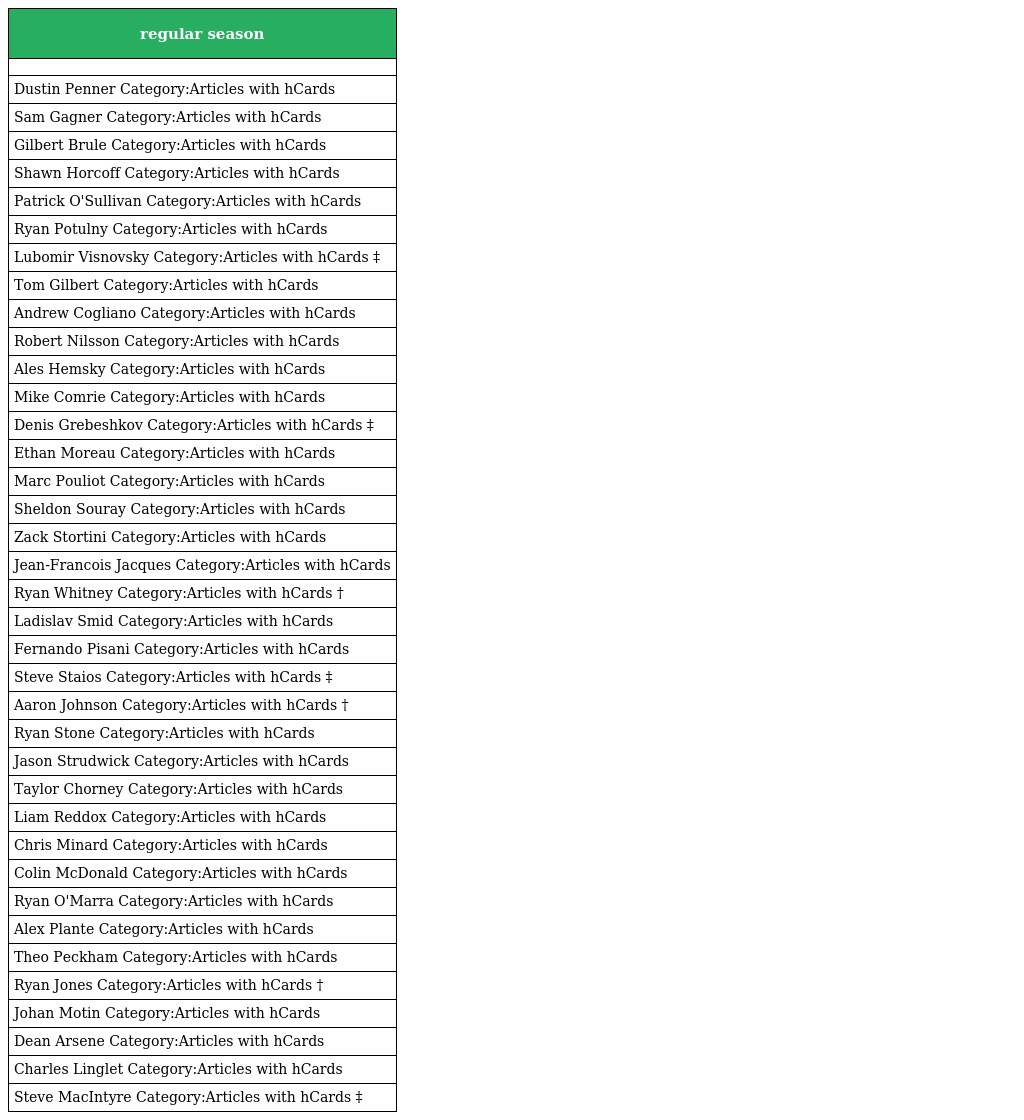
| regular season |
 | --- |
 |  |
 | Dustin Penner Category:Articles with hCards |
 | Sam Gagner Category:Articles with hCards |
 | Gilbert Brule Category:Articles with hCards |
 | Shawn Horcoff Category:Articles with hCards |
 | Patrick O'Sullivan Category:Articles with hCards |
 | Ryan Potulny Category:Articles with hCards |
 | Lubomir Visnovsky Category:Articles with hCards ‡ |
 | Tom Gilbert Category:Articles with hCards |
 | Andrew Cogliano Category:Articles with hCards |
 | Robert Nilsson Category:Articles with hCards |
 | Ales Hemsky Category:Articles with hCards |
 | Mike Comrie Category:Articles with hCards |
 | Denis Grebeshkov Category:Articles with hCards ‡ |
 | Ethan Moreau Category:Articles with hCards |
 | Marc Pouliot Category:Articles with hCards |
 | Sheldon Souray Category:Articles with hCards |
 | Zack Stortini Category:Articles with hCards |
 | Jean-Francois Jacques Category:Articles with hCards |
 | Ryan Whitney Category:Articles with hCards † |
 | Ladislav Smid Category:Articles with hCards |
 | Fernando Pisani Category:Articles with hCards |
 | Steve Staios Category:Articles with hCards ‡ |
 | Aaron Johnson Category:Articles with hCards † |
 | Ryan Stone Category:Articles with hCards |
 | Jason Strudwick Category:Articles with hCards |
 | Taylor Chorney Category:Articles with hCards |
 | Liam Reddox Category:Articles with hCards |
 | Chris Minard Category:Articles with hCards |
 | Colin McDonald Category:Articles with hCards |
 | Ryan O'Marra Category:Articles with hCards |
 | Alex Plante Category:Articles with hCards |
 | Theo Peckham Category:Articles with hCards |
 | Ryan Jones Category:Articles with hCards † |
 | Johan Motin Category:Articles with hCards |
 | Dean Arsene Category:Articles with hCards |
 | Charles Linglet Category:Articles with hCards |
 | Steve MacIntyre Category:Articles with hCards ‡ |